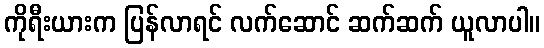
ကိုရီးယားက ပြန်လာရင် လက်ဆောင် ဆက်ဆက် ယူလာပါ။